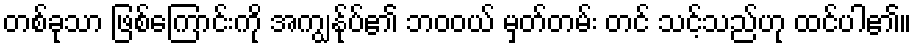
တစ်ခုသာ ဖြစ်ကြောင်းကို အကျွန်ုပ်၏ ဘဝဝယ် မှတ်တမ်း တင် သင့်သည်ဟု ထင်ပါ၏။